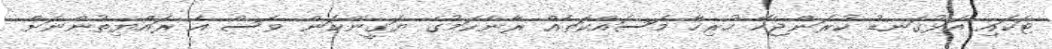
ޓަކައި އަޅުގަނޑު ކުރަންޖެހޭ ހުރިހާ މަސައްކަތެއް ރާނެކަމުގެ ޔަގީންކަން ވެސް އެ ރައްޔިތުންނަށް